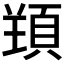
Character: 𱂗